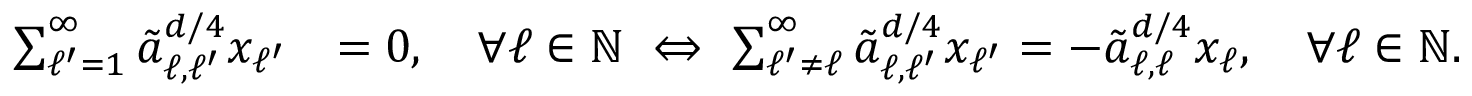
\begin{array} { r l } { \sum _ { \ell ^ { \prime } = 1 } ^ { \infty } \tilde { a } _ { \ell , \ell ^ { \prime } } ^ { d / 4 } x _ { \ell ^ { \prime } } } & { = 0 , \quad \forall \ell \in { \mathbb N } \ \Leftrightarrow \ \sum _ { \ell ^ { \prime } \neq \ell } ^ { \infty } \tilde { a } _ { \ell , \ell ^ { \prime } } ^ { d / 4 } x _ { \ell ^ { \prime } } = - \tilde { a } _ { \ell , \ell } ^ { d / 4 } x _ { \ell } , \quad \forall \ell \in { \mathbb N } . } \end{array}